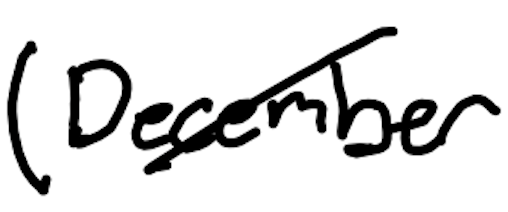
Text: (December
Cross-out: diagonal
Writing tool: digital_black